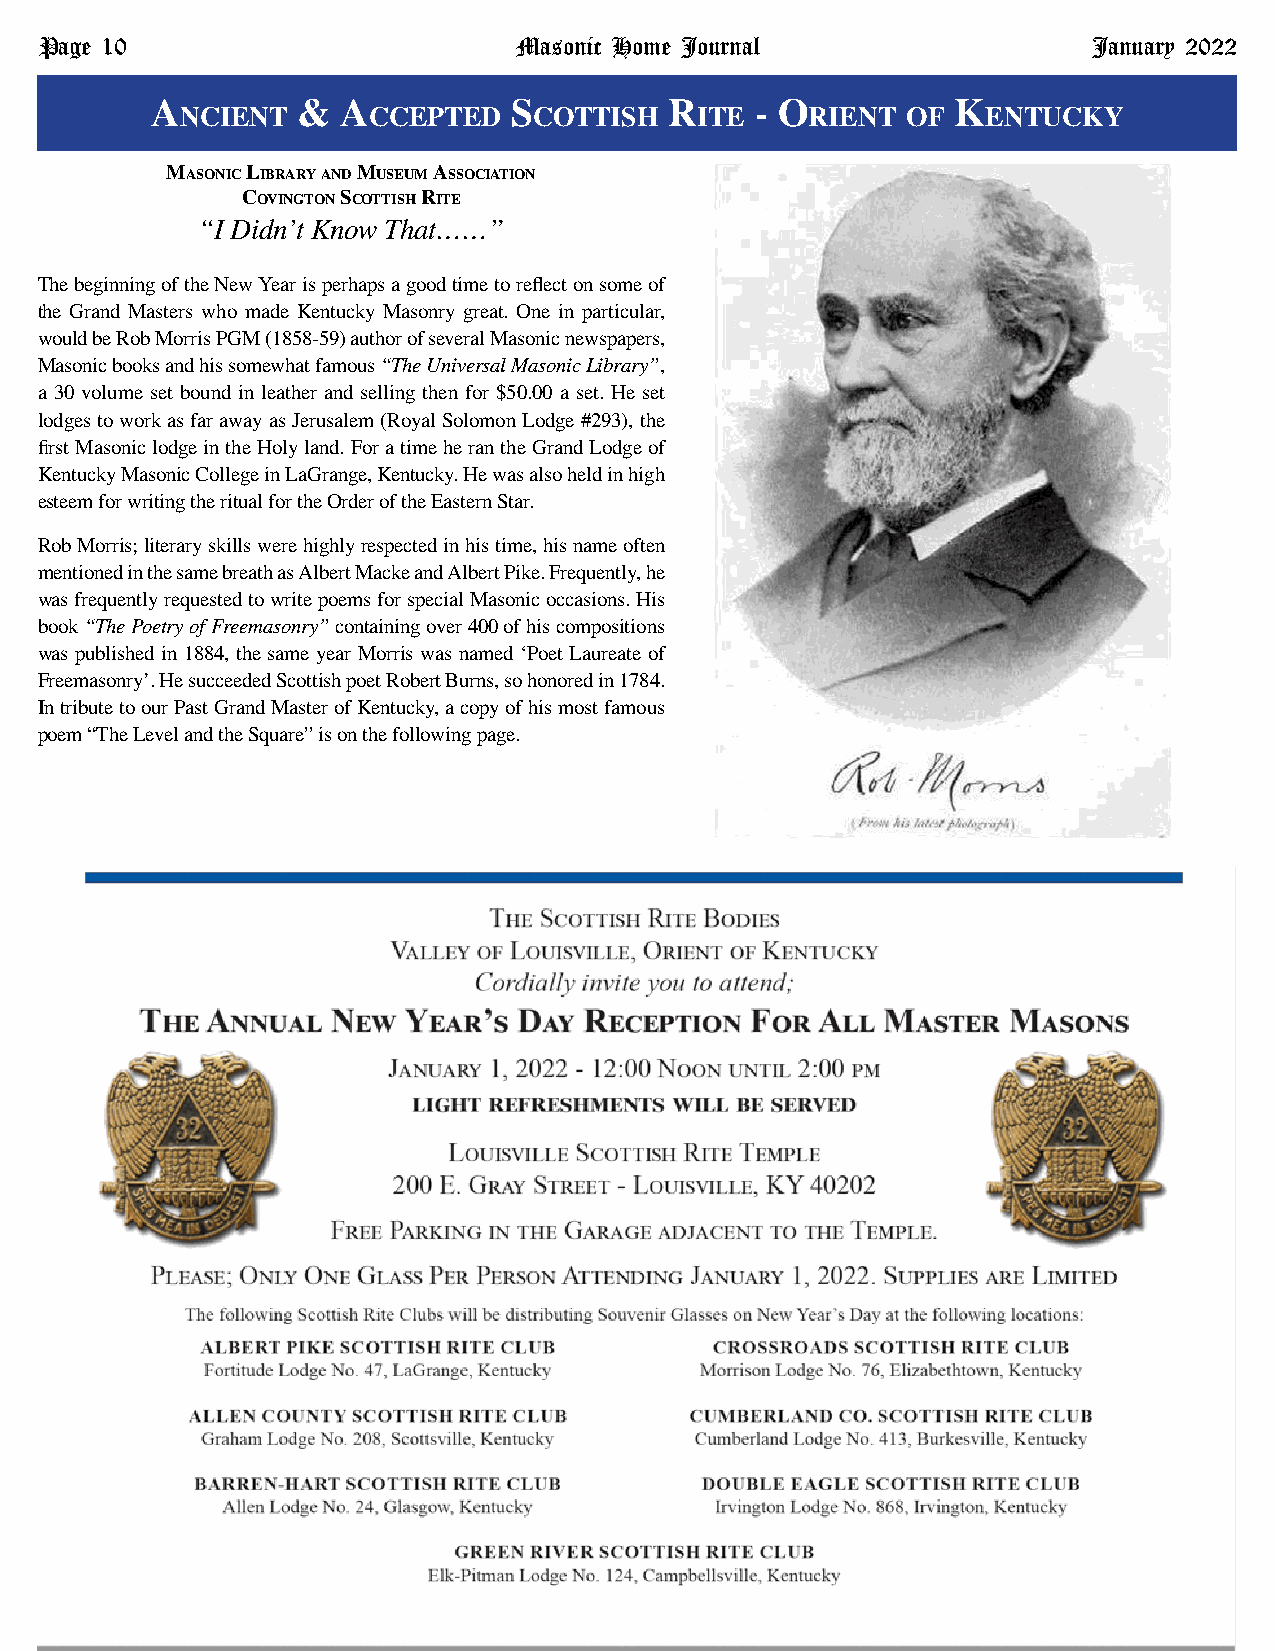
Page 10                         Masonic Home Journal                  January 2022
 a         &  a          s         r     - o          k
 ncient      ccePted    cottish    ite     rient of   entucky
 masonic library and museum association
 covinGton scottish rite
 “I Didn’t Know That……”
 The beginning of the New Year is perhaps a good time to reflect on some of
 the Grand Masters who made Kentucky Masonry great. One in particular,
 would be Rob Morris PGM (1858-59) author of several Masonic newspapers,
 Masonic books and his somewhat famous “The Universal Masonic Library”,
 a 30 volume set bound in leather and selling then for $50.00 a set. He set
 lodges to work as far away as Jerusalem (Royal Solomon Lodge #293), the
 first Masonic lodge in the Holy land. For a time he ran the Grand Lodge of
 Kentucky Masonic College in LaGrange, Kentucky. He was also held in high
 esteem for writing the ritual for the Order of the Eastern Star.
 Rob Morris; literary skills were highly respected in his time, his name often
 mentioned in the same breath as Albert Macke and Albert Pike. Frequently, he
 was frequently requested to write poems for special Masonic occasions. His
 book “The Poetry of Freemasonry” containing over 400 of his compositions
 was published in 1884, the same year Morris was named ‘Poet Laureate of
 Freemasonry’. He succeeded Scottish poet Robert Burns, so honored in 1784.
 In tribute to our Past Grand Master of Kentucky, a copy of his most famous
 poem “The Level and the Square” is on the following page.